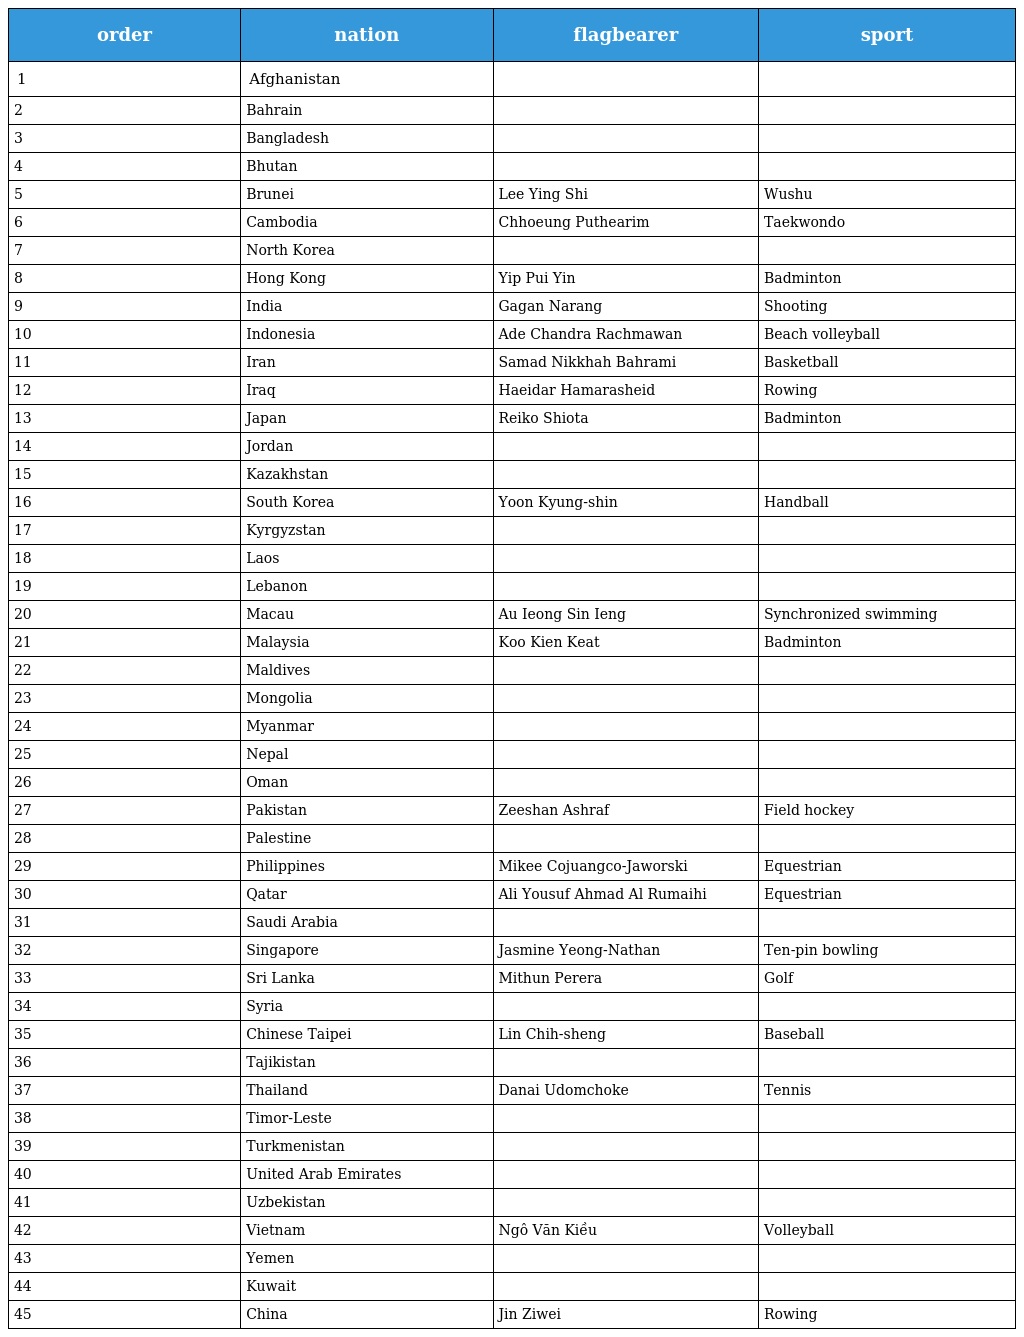
| order | nation | flagbearer | sport |
 | --- | --- | --- | --- |
 | 1 | Afghanistan |  |  |
 | 2 | Bahrain |  |  |
 | 3 | Bangladesh |  |  |
 | 4 | Bhutan |  |  |
 | 5 | Brunei | Lee Ying Shi | Wushu |
 | 6 | Cambodia | Chhoeung Puthearim | Taekwondo |
 | 7 | North Korea |  |  |
 | 8 | Hong Kong | Yip Pui Yin | Badminton |
 | 9 | India | Gagan Narang | Shooting |
 | 10 | Indonesia | Ade Chandra Rachmawan | Beach volleyball |
 | 11 | Iran | Samad Nikkhah Bahrami | Basketball |
 | 12 | Iraq | Haeidar Hamarasheid | Rowing |
 | 13 | Japan | Reiko Shiota | Badminton |
 | 14 | Jordan |  |  |
 | 15 | Kazakhstan |  |  |
 | 16 | South Korea | Yoon Kyung-shin | Handball |
 | 17 | Kyrgyzstan |  |  |
 | 18 | Laos |  |  |
 | 19 | Lebanon |  |  |
 | 20 | Macau | Au Ieong Sin Ieng | Synchronized swimming |
 | 21 | Malaysia | Koo Kien Keat | Badminton |
 | 22 | Maldives |  |  |
 | 23 | Mongolia |  |  |
 | 24 | Myanmar |  |  |
 | 25 | Nepal |  |  |
 | 26 | Oman |  |  |
 | 27 | Pakistan | Zeeshan Ashraf | Field hockey |
 | 28 | Palestine |  |  |
 | 29 | Philippines | Mikee Cojuangco-Jaworski | Equestrian |
 | 30 | Qatar | Ali Yousuf Ahmad Al Rumaihi | Equestrian |
 | 31 | Saudi Arabia |  |  |
 | 32 | Singapore | Jasmine Yeong-Nathan | Ten-pin bowling |
 | 33 | Sri Lanka | Mithun Perera | Golf |
 | 34 | Syria |  |  |
 | 35 | Chinese Taipei | Lin Chih-sheng | Baseball |
 | 36 | Tajikistan |  |  |
 | 37 | Thailand | Danai Udomchoke | Tennis |
 | 38 | Timor-Leste |  |  |
 | 39 | Turkmenistan |  |  |
 | 40 | United Arab Emirates |  |  |
 | 41 | Uzbekistan |  |  |
 | 42 | Vietnam | Ngô Văn Kiều | Volleyball |
 | 43 | Yemen |  |  |
 | 44 | Kuwait |  |  |
 | 45 | China | Jin Ziwei | Rowing |